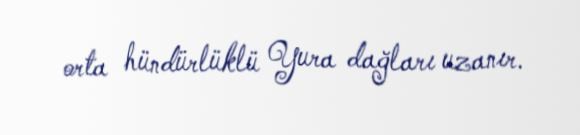
orta hündürlüklü Yura dağları uzanır.